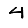
Digit: 4